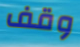
وقف